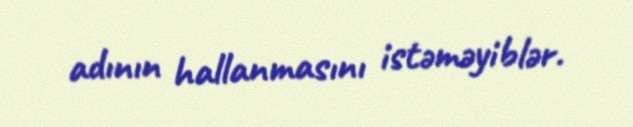
adının hallanmasını istəməyiblər.